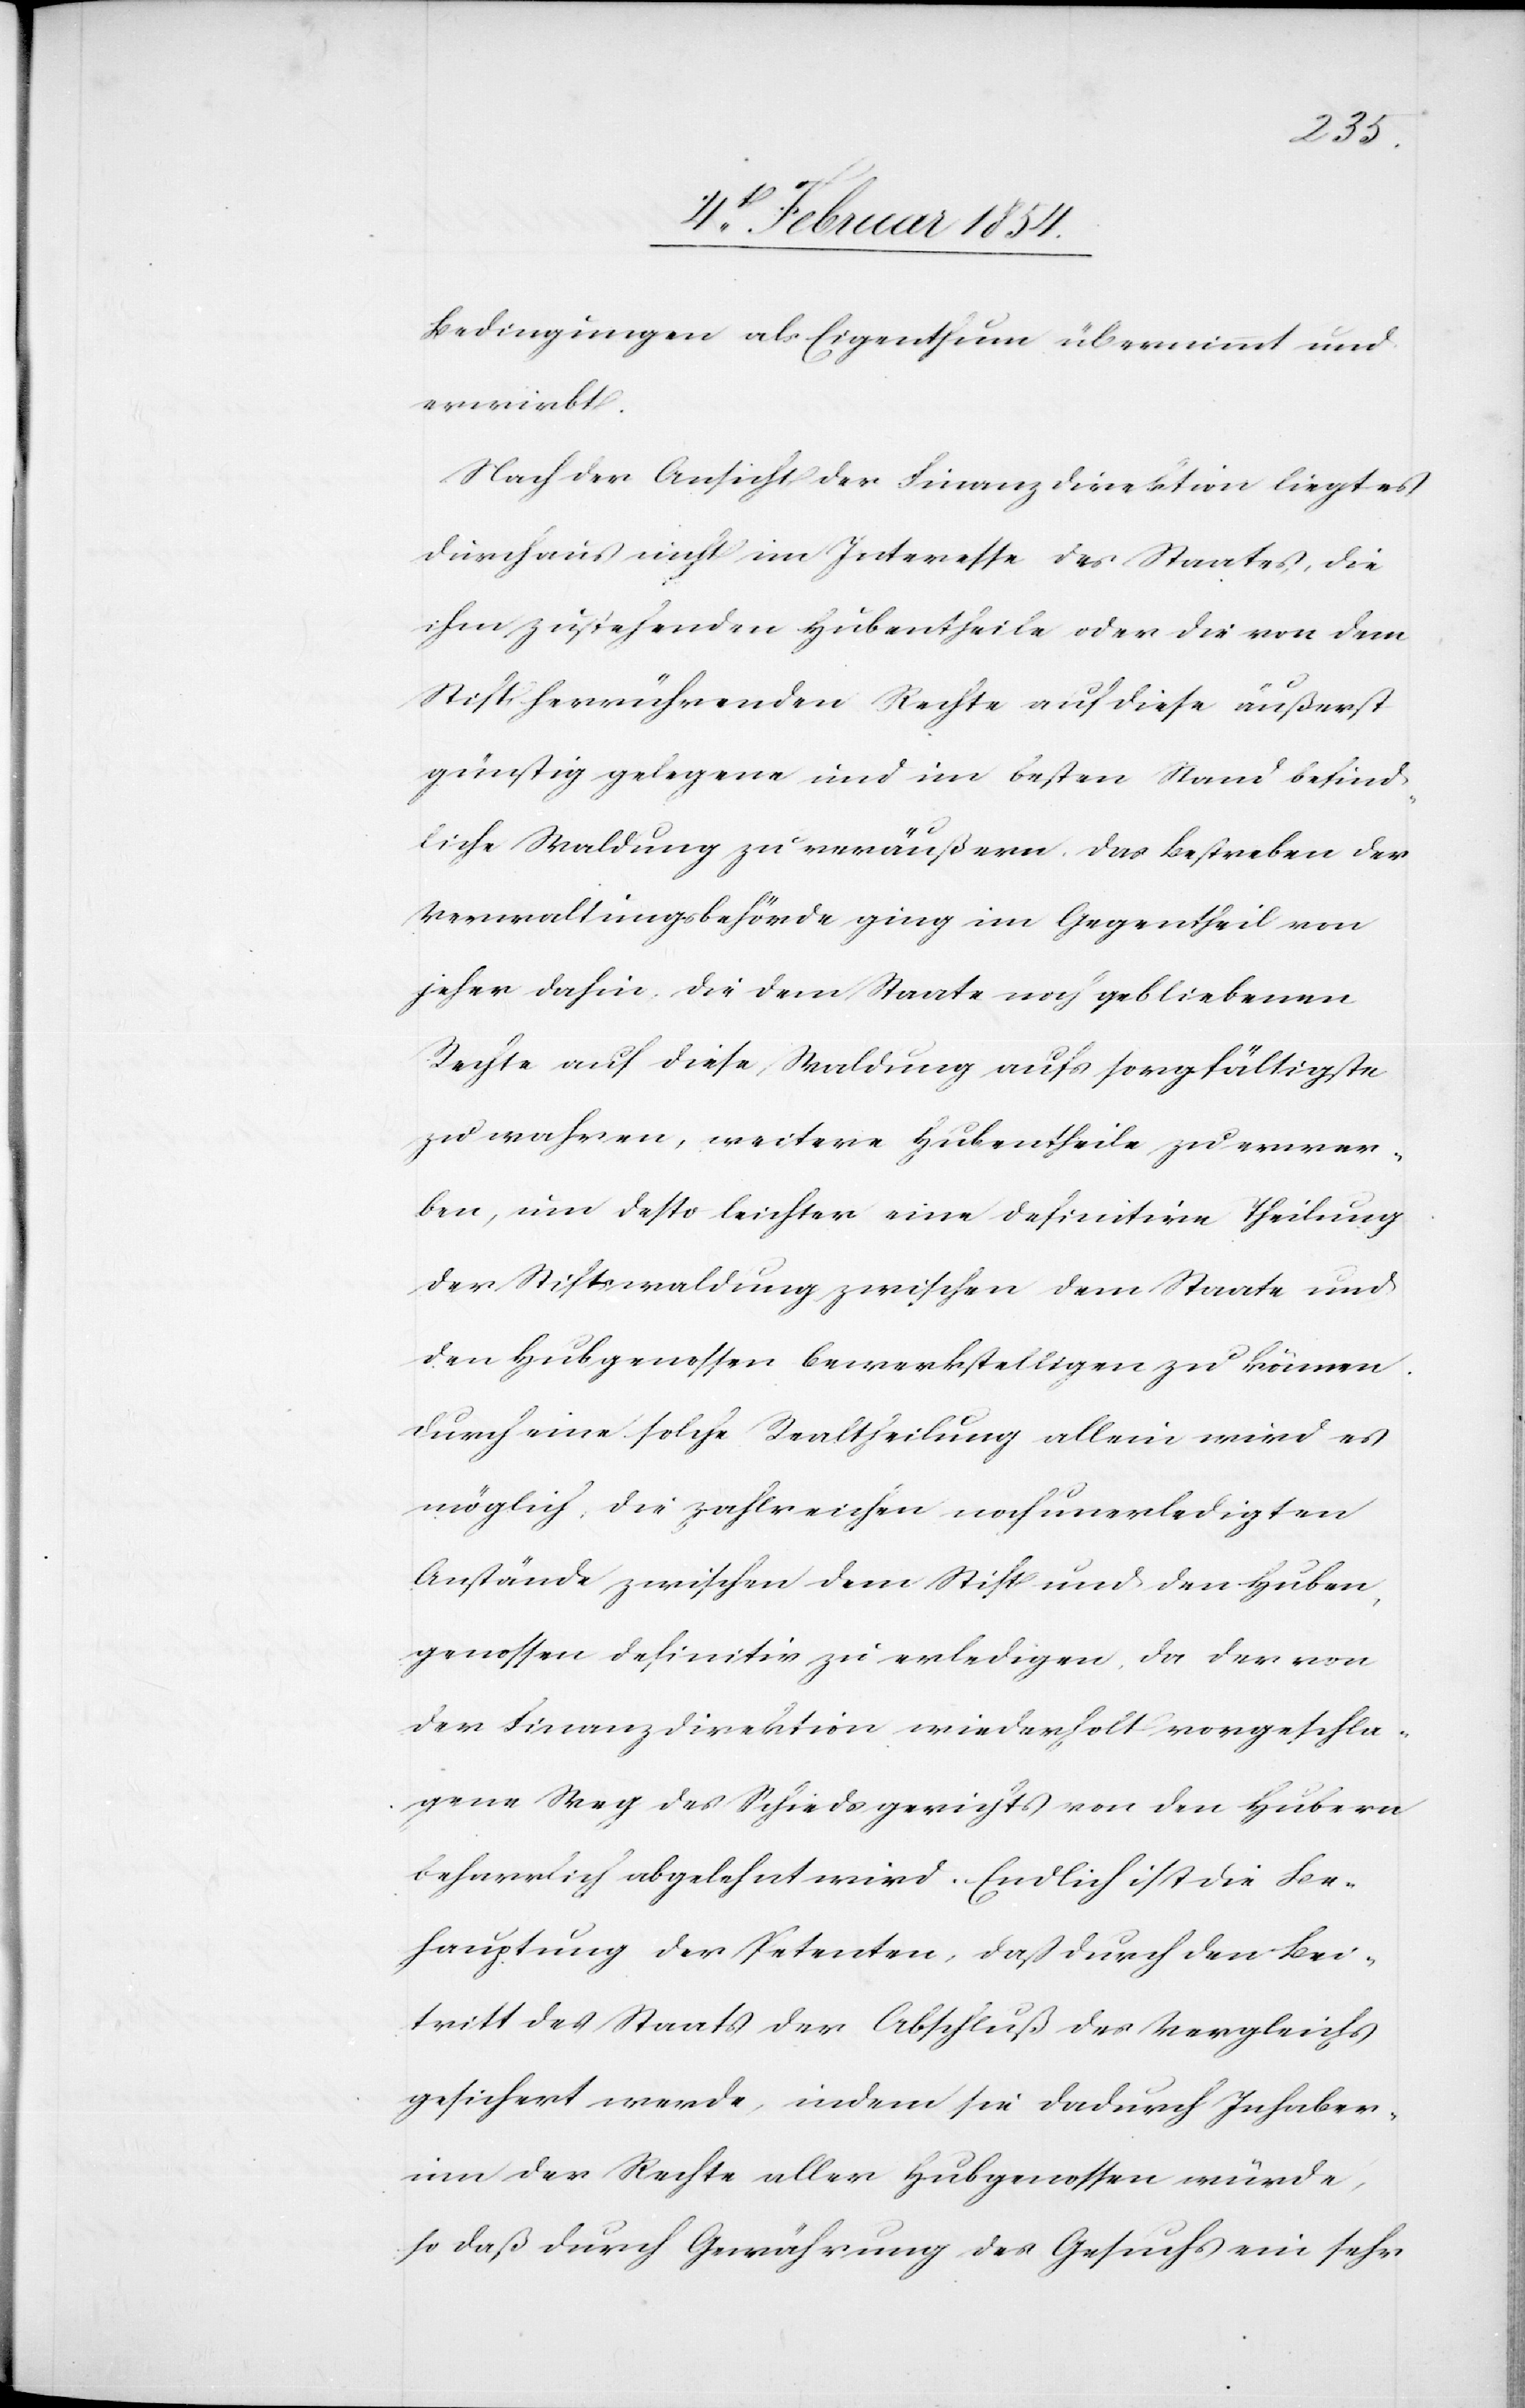
Bedingungen als Eigenthum übernimmt und
erwirbt.
Nach der Ansicht der Finanzdirektion liegt es
durchaus nicht im Interesse des Staates, die
ihm zustehenden Hubentheile oder die von dem
Stift herrührenden Rechte auf diese äußerst
günstig gelegene und im besten Stand befind¬
liche Waldung zu veräußern. Das Bestreben der
Verwaltungsbehörde ging im Gegentheil von
jeher dahin, die dem Staate noch gebliebenen
Rechte auf diese Waldung aufs sorgfältigste
zu wahren, weitere Hubentheile zu erwer¬
ben, um desto leichter eine definitive Theilung
der Stiftswaldung zwischen dem Staate und
den Hubgenossen bewerkstelligen zu können.
Durch eine solche Realtheilung alleine wird es
möglich, die zahlreichen noch unerledigten
Anstände zwischen dem Stift und den Huben¬
genossen definitiv zu erledigen, da der von
der Finanzdirektion wiederholt vorgeschla¬
gene Weg des Schiedsgerichts von den Hubern
beharrlich abgelehnt wird. Endlich ist die Be¬
hauptung der Petenten, daß durch den Bei¬
tritt des Staats der Abschluß des Vergleichs
gesichert werde, indem sie dadurch Inhaber¬
inn der Rechte aller Hubgenossen würde,
so daß durch Gewährung des Gesuchs ein sehr